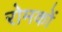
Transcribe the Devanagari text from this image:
रोमकों